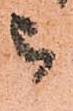
被